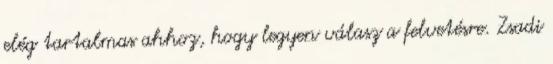
elég tartalmas ahhoz, hogy legyen válasz a felvetésre. Zsadi